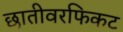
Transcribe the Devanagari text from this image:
छातीवरफिकट